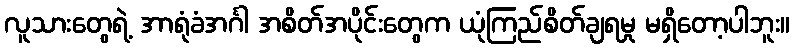
လူသားတွေရဲ့ အာရုံခံအင်္ဂါ အစိတ်အပိုင်းတွေက ယုံကြည်စိတ်ချရမှု မရှိတော့ပါဘူး။